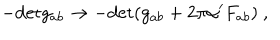
- \mathrm { d e t } g _ { a b } \to - \mathrm { d e t } ( g _ { a b } + 2 \pi \alpha ^ { \prime } F _ { a b } ) \ ,